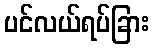
ပင်လယ်ရပ်ခြား